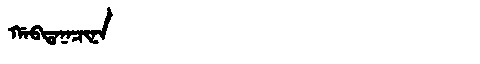
Manchu: ᡤᠠᠪᡨᠠᠨᠠᠴᡳᠨᠠ
Romanization: GABTANACINA